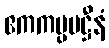
ဧကကပ္ပမဋ္ဌီနံ